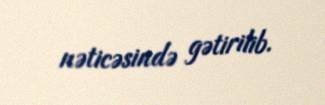
nəticəsində gətirilib.